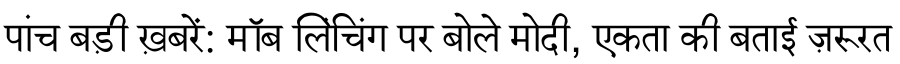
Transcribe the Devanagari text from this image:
पांच बड़ी ख़बरें: मॉब लिंचिंग पर बोले मोदी, एकता की बताई ज़रूरत